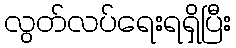
လွတ်လပ်ရေးရရှိပြီး